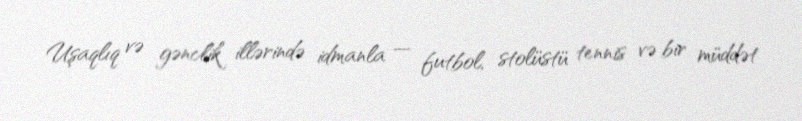
Uşaqlıq və gənclik illərində idmanla — futbol, stolüstü tennis və bir müddət